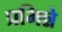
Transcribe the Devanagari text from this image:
प्रभिन्ने